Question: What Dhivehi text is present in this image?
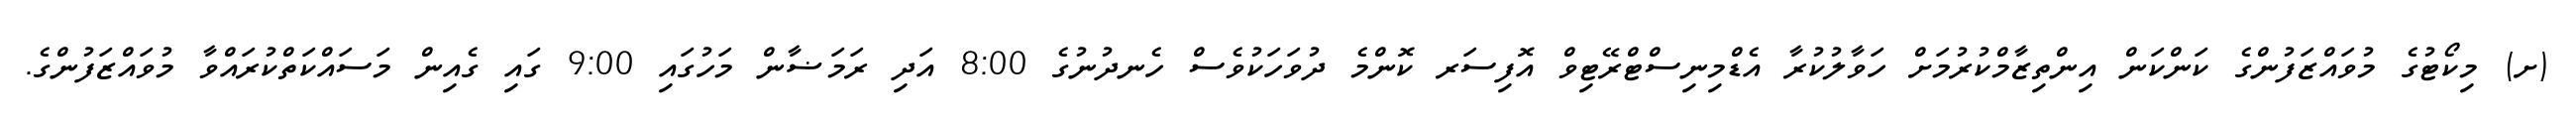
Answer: (ށ) މިކޯޓުގެ މުވައްޒަފުންގެ ކަންކަން އިންތިޒާމްކުރުމަށް ހަވާލުކުރާ އެޑްމިނިސްޓްރޭޓިވް އޮފިސަރ ކޮންމެ ދުވަހަކުވެސް ހެނދުނުގެ 8:00 އަދި ރަމަޟާން މަހުގައި 9:00 ގައި ގެއިން މަސައްކަތްކުރައްވާ މުވައްޒަފުންގެ.